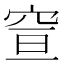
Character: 𥥣